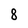
Character: 8